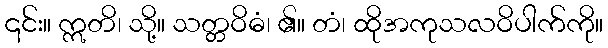
၎င်း။ ဣတိ၊ သို့။ သတ္တဝိဓံ၊ ၏။ တံ၊ ထိုအကုသလဝိပါက်ကို။